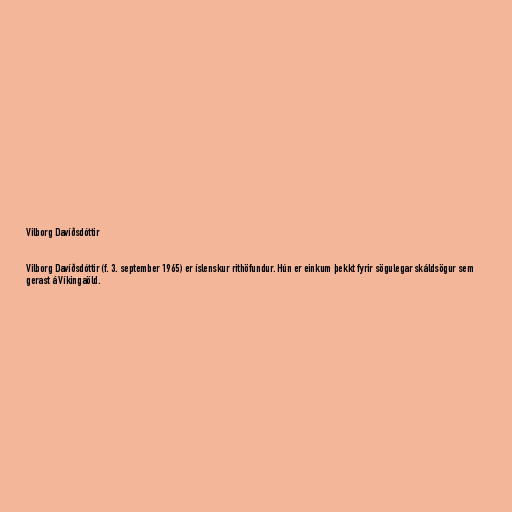
Vilborg Davíðsdóttir

Vilborg Davíðsdóttir (f. 3. september 1965) er íslenskur rithöfundur. Hún er einkum þekkt fyrir sögulegar skáldsögur sem
gerast á Víkingaöld.